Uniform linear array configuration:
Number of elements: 8
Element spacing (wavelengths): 1
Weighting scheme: blackman
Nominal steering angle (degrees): -15
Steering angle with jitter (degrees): -16.817
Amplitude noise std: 0.05
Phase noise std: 0.05

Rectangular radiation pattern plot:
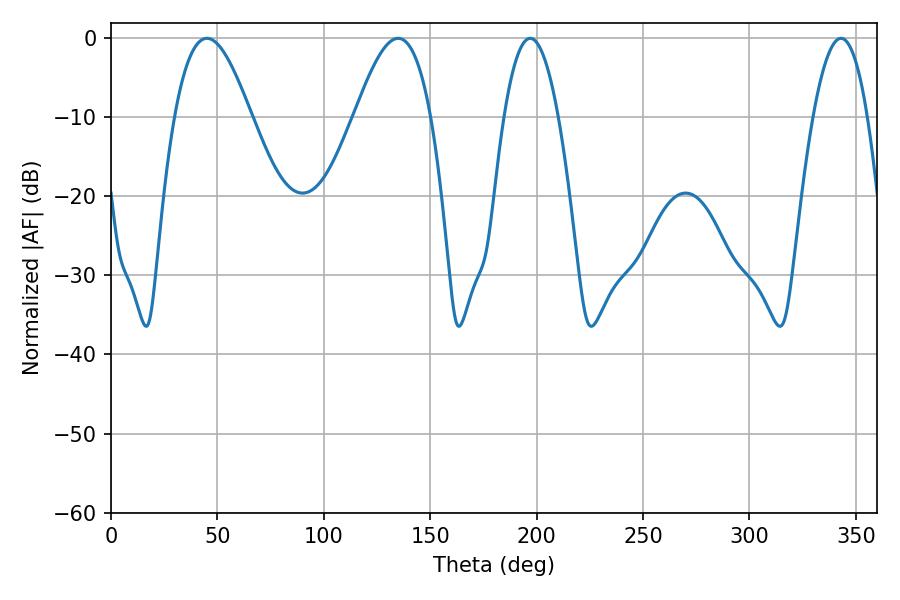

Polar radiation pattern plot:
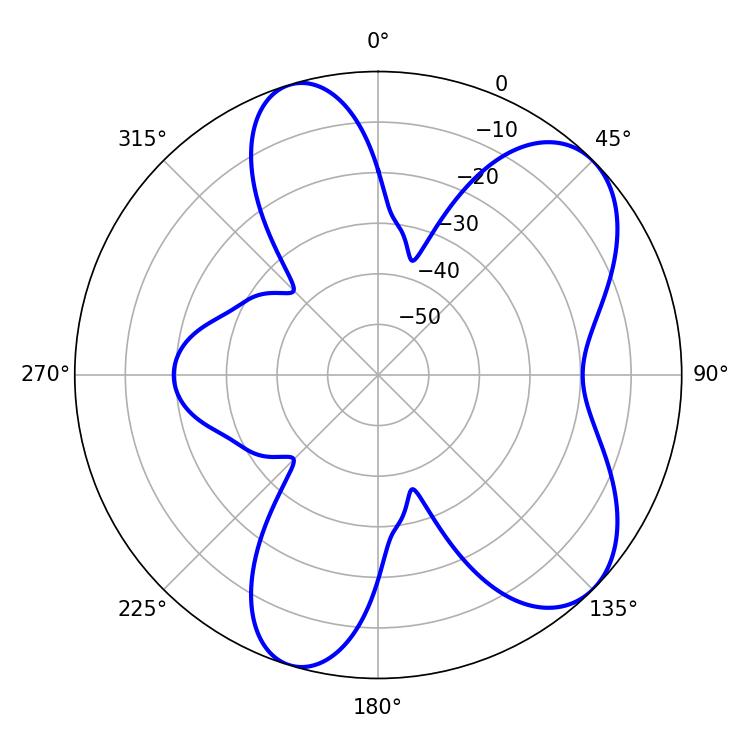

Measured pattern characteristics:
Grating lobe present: TRUE
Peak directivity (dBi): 7.191
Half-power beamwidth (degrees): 19.44
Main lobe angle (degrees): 45